Civil Veterinary Dept. Bombay admin report 1932-41 - 1932-1941
Year: 1932
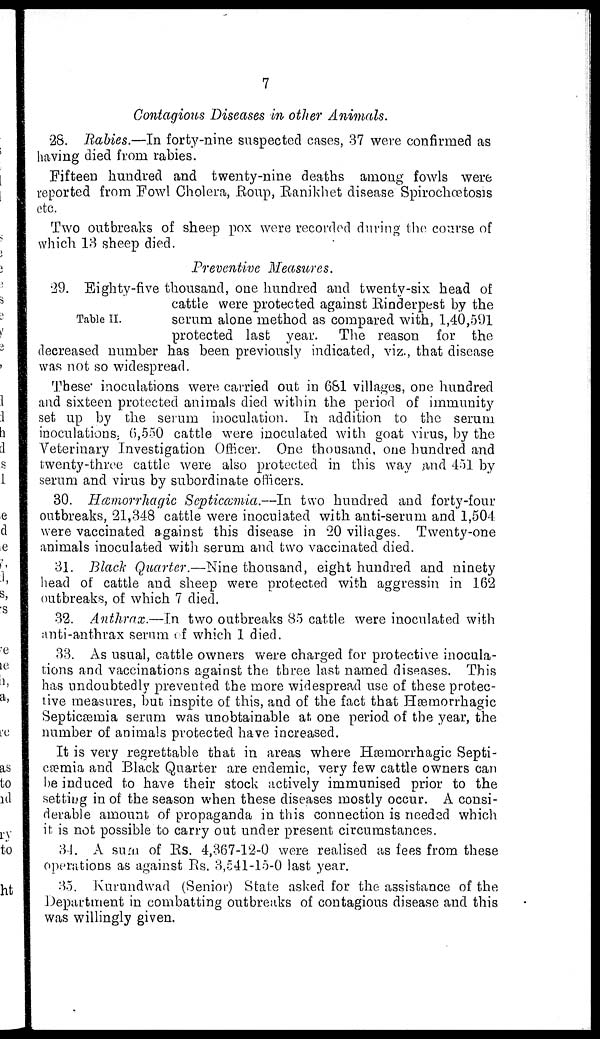
7
Contagious Diseases in other Animals.
28. Rabies.—In forty-nine suspected cases, 37 were confirmed as
having died from rabies.
Fifteen hundred and twenty-nine deaths among fowls were
reported from Fowl Cholera, Roup, Ranikhet disease Spirochœtosis
etc.
Two outbreaks of sheep pox were recorded during the course of
which 13 sheep died.
Preventive Measures.
Table II.
29. Eighty-five thousand, one hundred and twenty-six head of
cattle were protected against Rinderpest by the
serum alone method as compared with, 1,40,591
protected last year. The reason for the
decreased number has been previously indicated, viz., that disease
was not so widespread.
These inoculations were carried out in 681 villages, one hundred
and sixteen protected animals died within the period of immunity
set up by the serum inoculation. In addition to the serum
inoculations. 6,550 cattle were inoculated with goat virus, by the
Veterinary Investigation Officer. One thousand, one hundred and
twenty-three cattle were also protected in this way and 451 by
serum and virus by subordinate officers.
30. Hæmorrhagic Septicæmia.—In two hundred and forty-four
outbreaks, 21,348 cattle were inoculated with anti-serum and 1,504
were vaccinated against this disease in 20 villages. Twenty-one
animals inoculated with serum and two vaccinated died.
31. Black Quarter.—Nine thousand, eight hundred and ninety
head of cattle and sheep were protected with aggressin in 162
outbreaks, of which 7 died.
32. Anthrax.—In two outbreaks 85 cattle were inoculated with
anti-anthrax serum of which 1 died.
33. As usual, cattle owners were charged for protective inocula-
tions and vaccinations against the three last named diseases. This
has undoubtedly prevented the more widespread use of these protec-
tive measures, but inspite of this, and of the fact that Hæmorrhagic
Septicæmia serum was unobtainable at one period of the year, the
number of animals protected have increased.
It is very regrettable that in areas where Hæmorrhagic Septi-
cæmia and Black Quarter are endemic, very few cattle owners can
he induced to have their stock actively immunised prior to the
setting in of the season when these diseases mostly occur. A consi-
derable amount of propaganda in this connection is needed which
it is not possible to carry out under present circumstances.
34. A sum of Rs. 4,367-12-0 were realised as fees from these
operations as against Rs. 3,541-15-0 last year.
35. Kurundwad (Senior) State asked for the assistance of the
Department in combatting outbreaks of contagious disease and this
was willingly given.